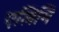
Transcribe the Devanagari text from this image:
एलिमि